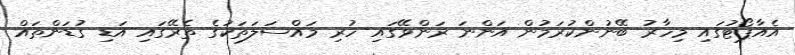
އެއާޕޯޓުގައި މިހާރު ބޭނުންކުރަމުން އަންނަ ރަންވޭގައި ހުރި މައްސަލަތަކުގެ ތެރޭގައި އަޑި ގުޑަންތައް